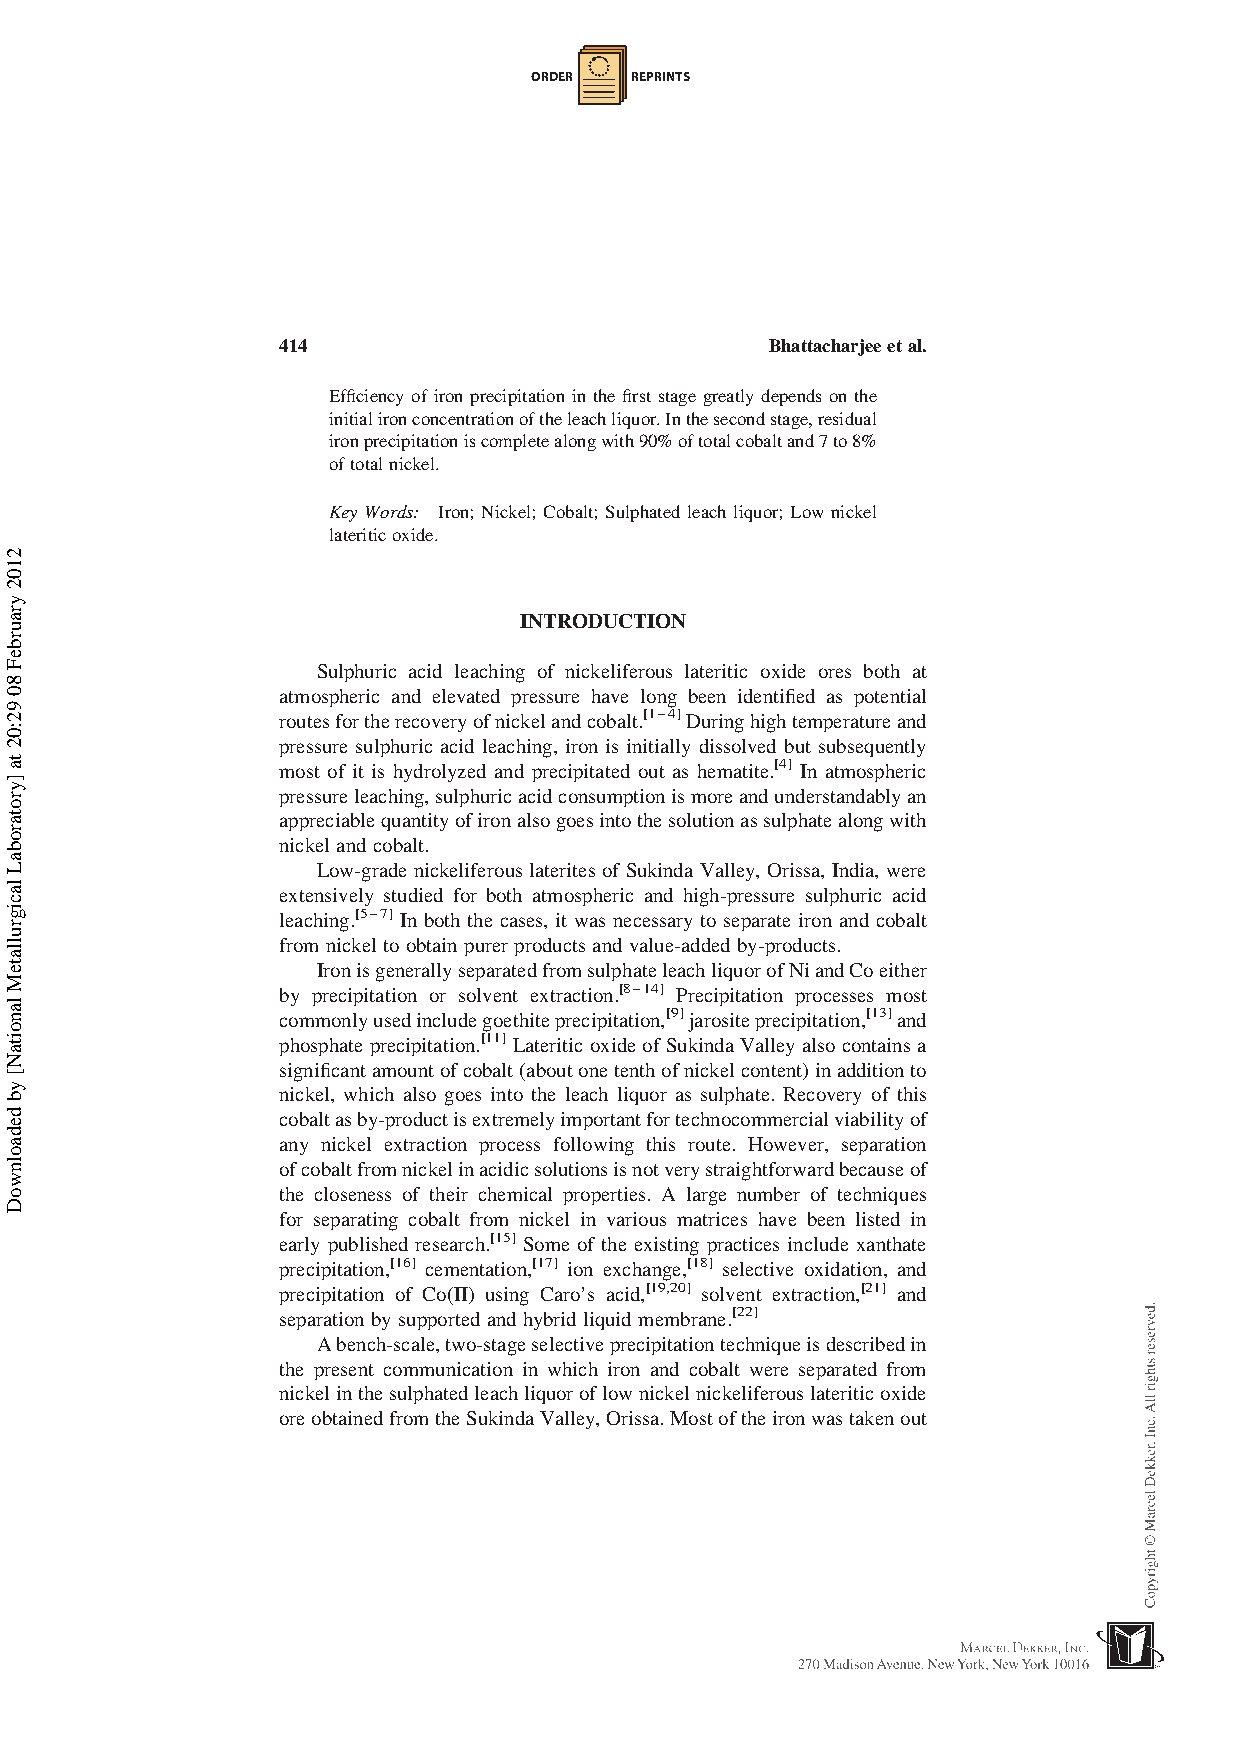
ORDER  REPRINTS
 414                              Bhattacharjeeetal.
 Efficiency of iron precipitation in the first stage greatly depends on the
 initialironconcentrationoftheleachliquor.Inthesecondstage,residual
 ironprecipitationiscompletealongwith90%oftotalcobaltand7to8%
 oftotalnickel.
 Key Words: Iron; Nickel; Cobalt; Sulphated leach liquor; Low nickel
 lateriticoxide.
 INTRODUCTION
 Sulphuric acid leaching of nickeliferous lateritic oxide ores both at
 atmospheric and elevated pressure have long been identified as potential
 routesfortherecoveryofnickelandcobalt.[1–4]Duringhightemperatureand
 pressure sulphuric acid leaching, iron is initially dissolved but subsequently
 most of it is hydrolyzed and precipitated out as hematite.[4] In atmospheric
 pressureleaching,sulphuricacidconsumptionismoreandunderstandablyan
 appreciablequantityofironalsogoesintothesolutionassulphatealongwith
 nickel and cobalt.
 Low-grade nickeliferous laterites of Sukinda Valley, Orissa, India, were
 extensively studied for both atmospheric and high-pressure sulphuric acid
 leaching.[5–7] In both the cases, it was necessary to separate iron and cobalt
 fromnickel toobtain purer products andvalue-added by-products.
 IronisgenerallyseparatedfromsulphateleachliquorofNiandCoeither
 by precipitation or solvent extraction.[8–14] Precipitation processes most
 commonlyusedincludegoethiteprecipitation,[9]jarositeprecipitation,[13]and
 phosphate precipitation.[11]LateriticoxideofSukindaValleyalsocontainsa
 significantamountofcobalt(aboutonetenthofnickelcontent)inadditionto
 nickel, which also goes into the leach liquor as sulphate. Recovery of this
 cobaltasby-productisextremelyimportantfortechnocommercialviabilityof
 any nickel extraction process following this route. However, separation
 ofcobaltfromnickelinacidicsolutionsisnotverystraightforwardbecauseof
 the closeness of their chemical properties. A large number of techniques
 for separating cobalt from nickel in various matrices have been listed in
 early published research.[15] Some of the existing practices include xanthate
 precipitation,[16] cementation,[17] ion exchange,[18] selective oxidation, and
 precipitation of Co(II) using Caro’s acid,[19,20] solvent extraction,[21] and
 separation bysupported and hybrid liquid membrane.[22]
 Abench-scale,two-stageselectiveprecipitationtechniqueisdescribedin
 the present communication in which iron and cobalt were separated from
 nickelinthesulphatedleachliquoroflownickelnickeliferouslateriticoxide
 oreobtainedfromtheSukindaValley,Orissa.Mostoftheironwastakenout
 2102
 yraurbeF
 80
 92:02
 ta
 ]yrotarobaL
 lacigrullateM
 lanoitaN[
 yb
 dedaolnwoD